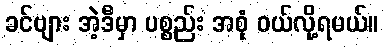
ခင်ဗျား အဲ့ဒီမှာ ပစ္စည်း အစုံ ဝယ်လို့ရမယ်။